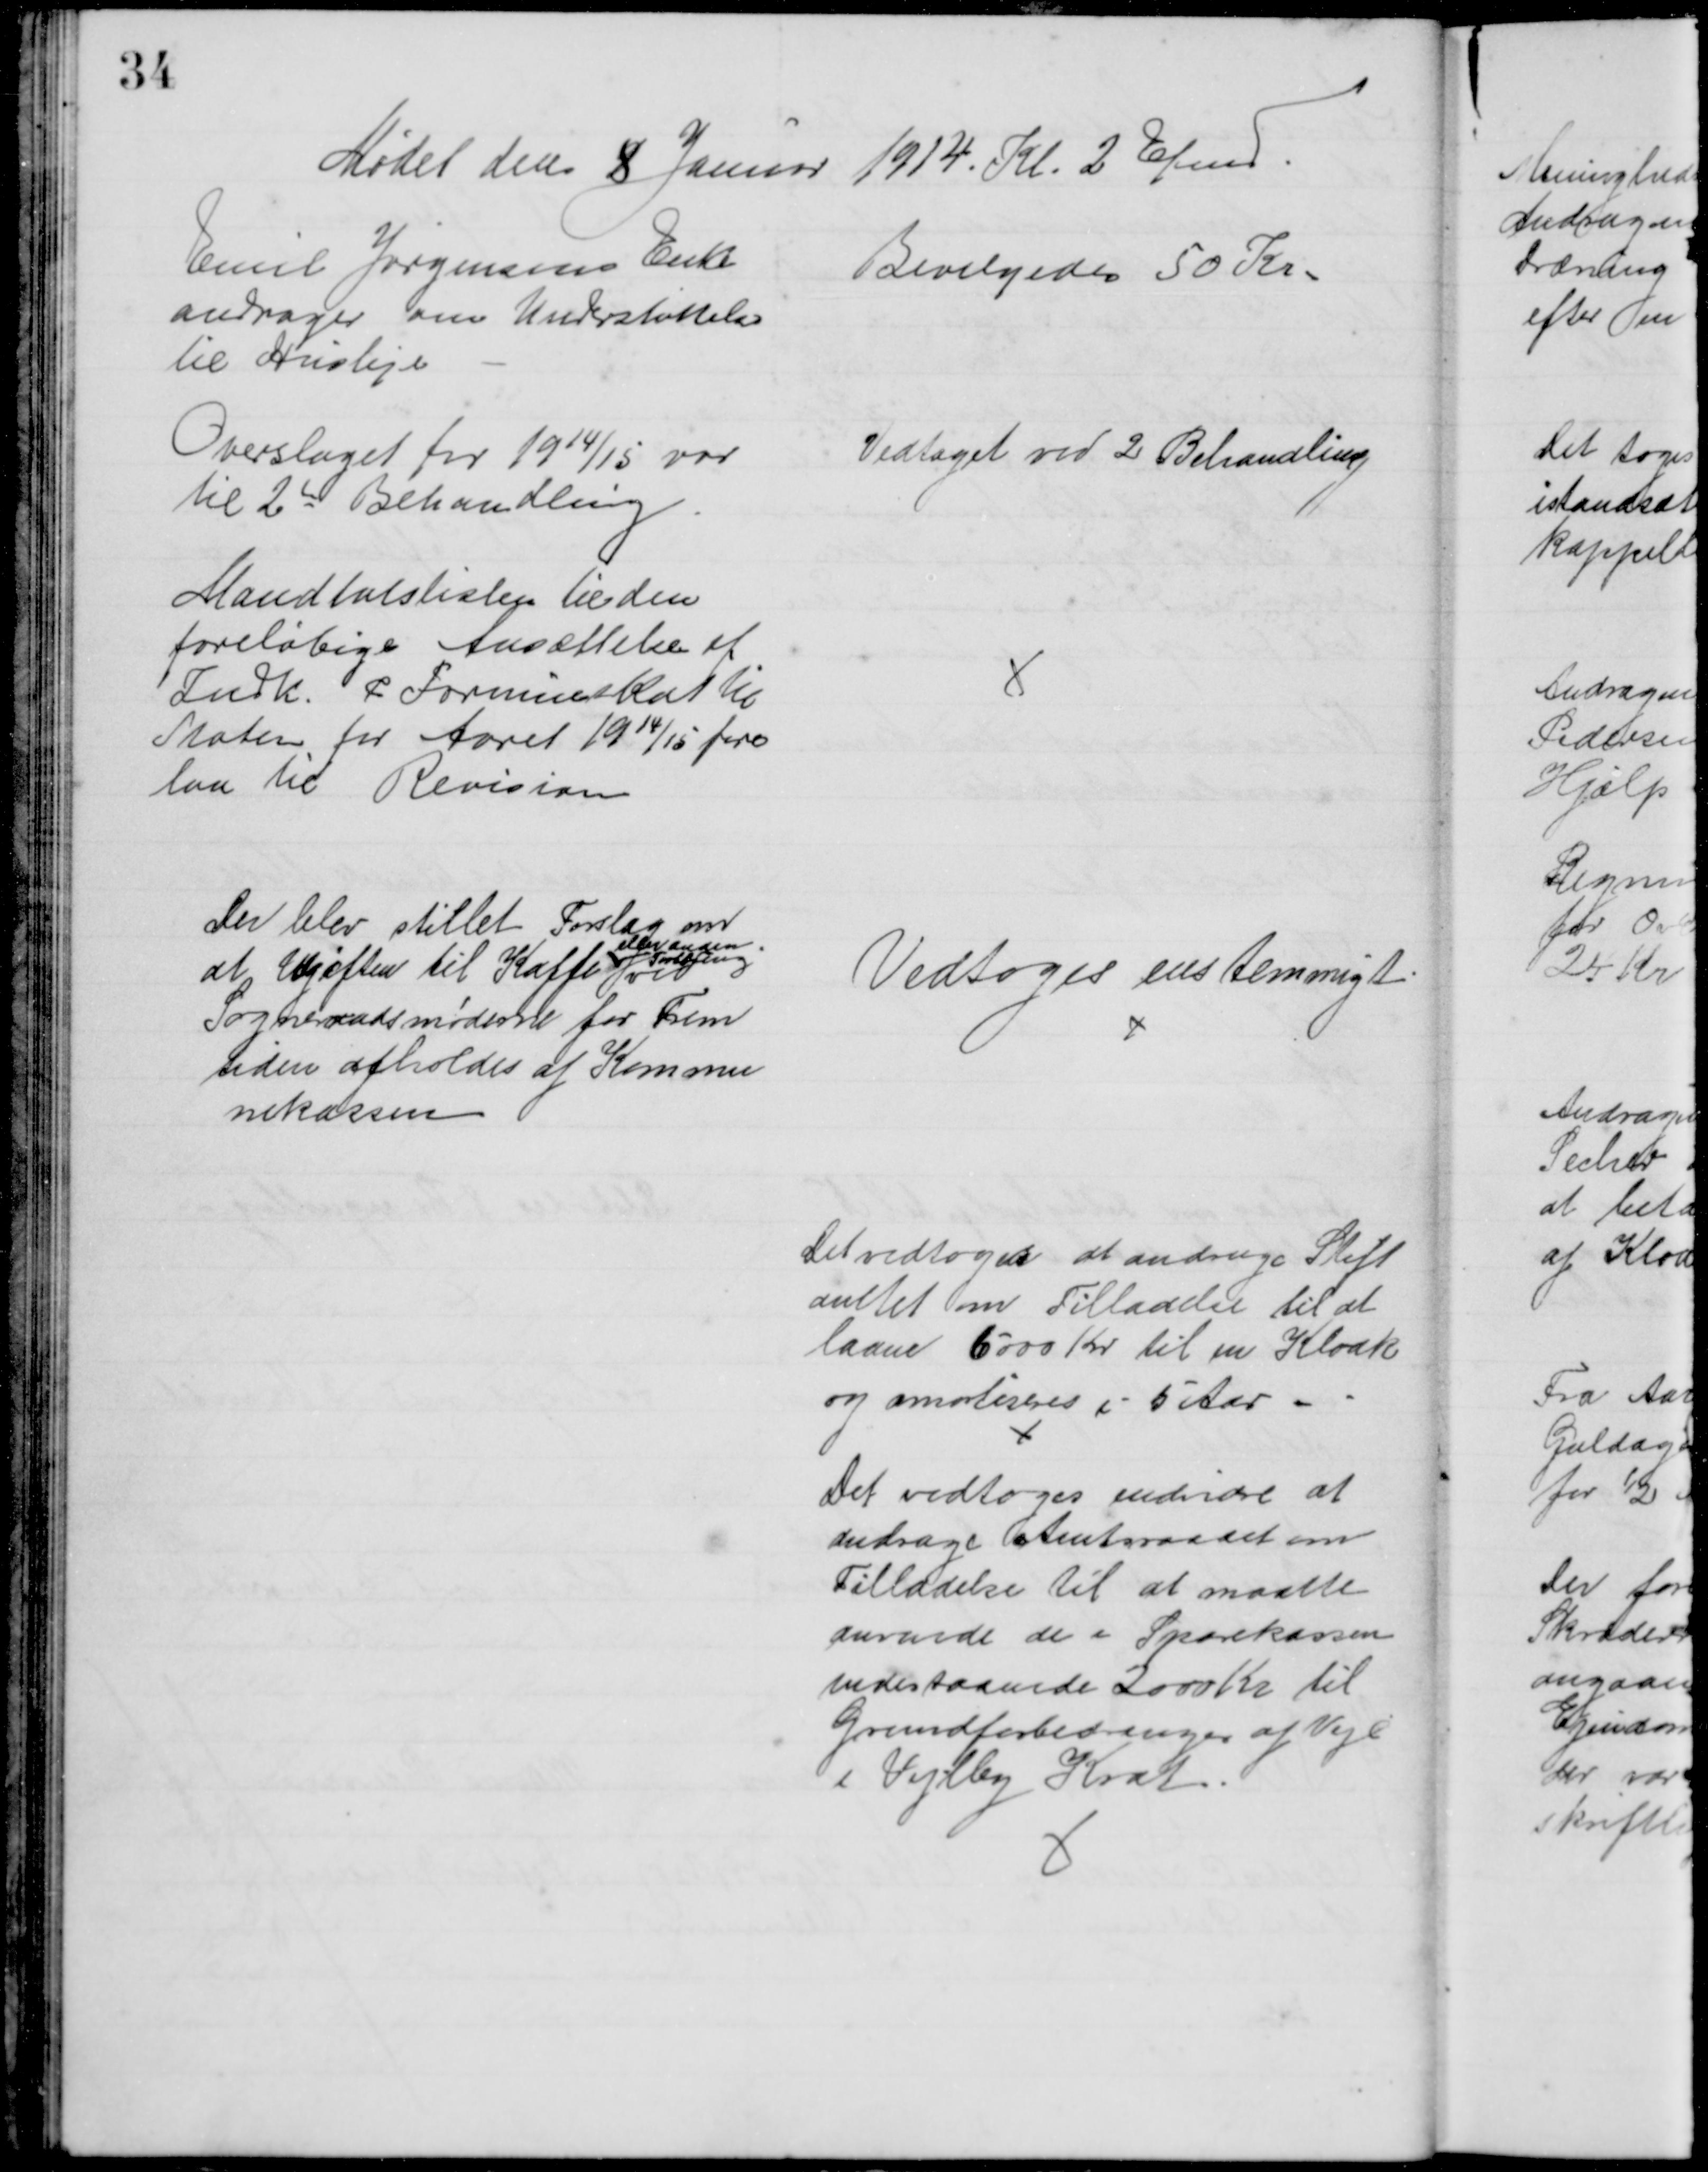
Transskription:
Mødet den 8 Januar 1914. Kl. 2 Efmd.
Emil Jørgensens Enke
andrager om Understøttelse
til Husleje
Bevilgedes 50 Kr.
Overslaget for 1914/15 var
til 2de Behandling
Vedtaget ved 2 Behandling
Mandtalslisten til den 
foreløbige Ansættelse af
Indk. & Formueskat til
Staten for Aaret 1914/15 fore
laa til Revision
Der blev stillet Forslag om
at Udgiften til Kaffe 
eller anden
Fortæring
ved
Sogneraadsmøderne for Frem
tiden afholdes at Kommu
nekassen
Vedtoges enstemmigt
Det vedtoges at andrage Stift
amtet om Tilladelse til at
laane 6000 Kr. til en Kloak
og amortiseres i 5 Aar.
Det vedtoges endvidre at 
andrage Amtsraadet om
Tilladelse til at maatte
anvende de i Sparekassen
indestaaende 2000 Kr til 
Grundforbedringer af Veje
i Vejlby Krat